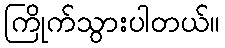
ကြိုက်သွားပါတယ်။